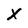
Character: X